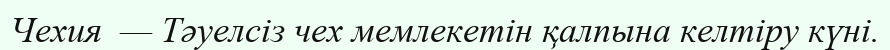
Чехия  — Тәуелсіз чех мемлекетін қалпына келтіру күні.